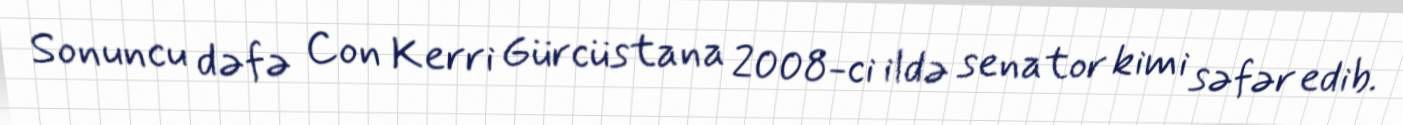
Sonuncu dəfə Con Kerri Gürcüstana 2008-ci ildə senator kimi səfər edib.